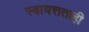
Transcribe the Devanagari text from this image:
स्वायत्तताही